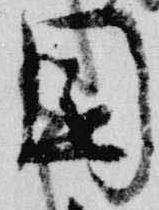
園